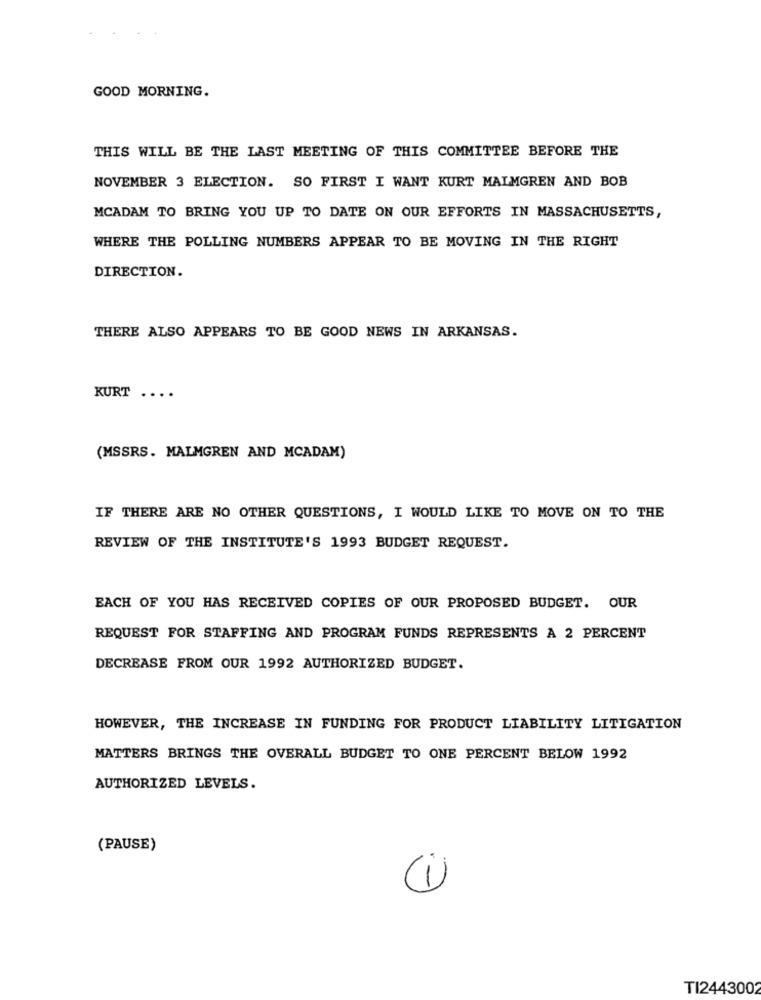
GOOD MORNING.
THIS WILL BE THE LAST MEETING OF THIS COMMITTEE BEFORE THE
NOVEMBER 3 ELECTION. SO FIRST I WANT KURT MALMGREN AND BOB
MCADAM TO BRING YOU UP TO DATE ON OUR EFFORTS IN MASSACHUSETTS,
WHERE THE POLLING NUMBERS APPEAR TO BE MOVING IN THE RIGHT
DIRECTION.
THERE ALSO APPEARS TO BE GOOD NEWS IN ARKANSAS.
KURT
...
(MSSRS. MALMGREN AND MCADAM)
IF THERE ARE NO OTHER QUESTIONS, I WOULD LIKE TO MOVE ON TO THE
REVIEW OF THE INSTITUTE'S 1993 BUDGET REQUEST.
EACH OF YOU HAS RECEIVED COPIES OF OUR PROPOSED BUDGET. OUR
REQUEST FOR STAFFING AND PROGRAM FUNDS REPRESENTS À 2 PERCENT
DECREASE FROM OUR 1992 AUTHORIZED BUDGET.
HOWEVER, THE INCREASE IN FUNDING FOR PRODUCT LIABILITY LITIGATION
MATTERS BRINGS THE OVERALL BUDGET TO ONE PERCENT BELOW 1992
AUTHORIZED LEVELS.
(PAUSE)
(1)
TI244300